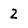
Character: 2